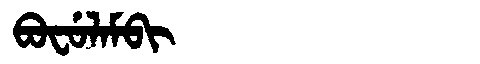
Manchu: ᠪᠣᠸᡠᠯᠠᠮᠪᡳ
Romanization: BOFULAMBI